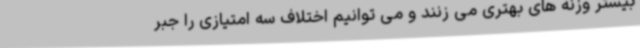
بیشتر وزنه های بهتری می زنند و می توانیم اختلاف سه امتیازی را جبر